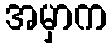
အမှာက